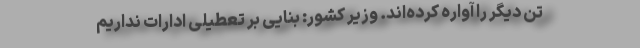
تن دیگر را آواره کرده‌اند. وزیر کشور: بنایی بر تعطیلی ادارات نداریم